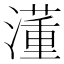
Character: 𣿅